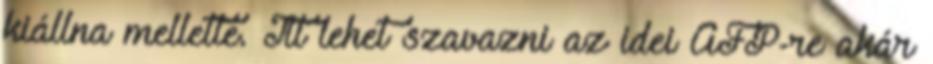
kiállna mellette. Itt lehet szavazni az idei AFP-re akár